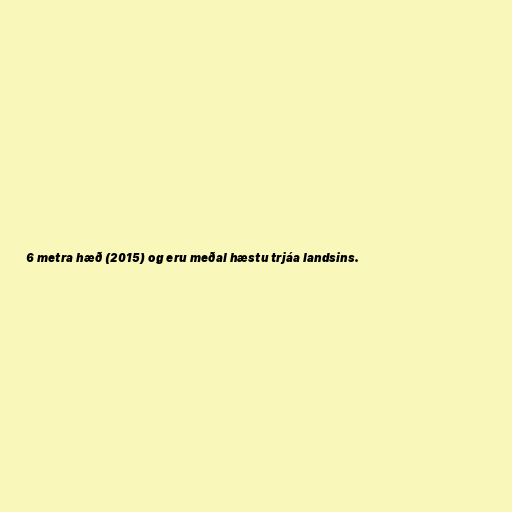
6 metra hæð (2015) og eru meðal hæstu trjáa landsins.